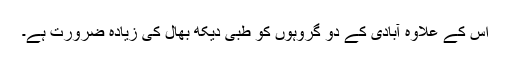
اس کے علاوہ آبادی کے دو گروہوں کو طبی دیکھ بھال کی زیادہ ضرورت ہے۔